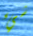
شيء